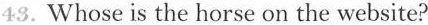
43.Whose is the horse on the website?